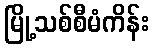
မြို့သစ်စီမံကိန်း